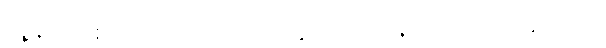
သူ့နားတစ်ဘက်ကို ရင်ဘတ်တွင်ကပ်၍ နားထောင် ပြန်သည်။